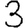
Digit: 3